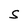
Character: S